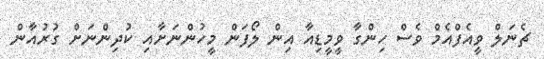
ޗެނަލް ވީއެފްއެމް ވެސް ހިންގާ ވީމީޑިއާ އިން ލޯފަން މީހުންނަށާއި ކުދިންނަށް ގުރުއާން